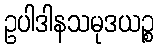
ဥပါဒါနသမုဒယဉ္စ